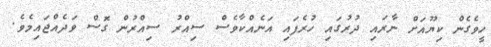
ހީވެގެން ކިޔޫއަށް ނާރައި ދުރުގައި ހުރެފައި އަނެއްކާވެސް ސިއްރު ސިއްރުން ގޮސް ވަދެއްޖައިމެވެ.